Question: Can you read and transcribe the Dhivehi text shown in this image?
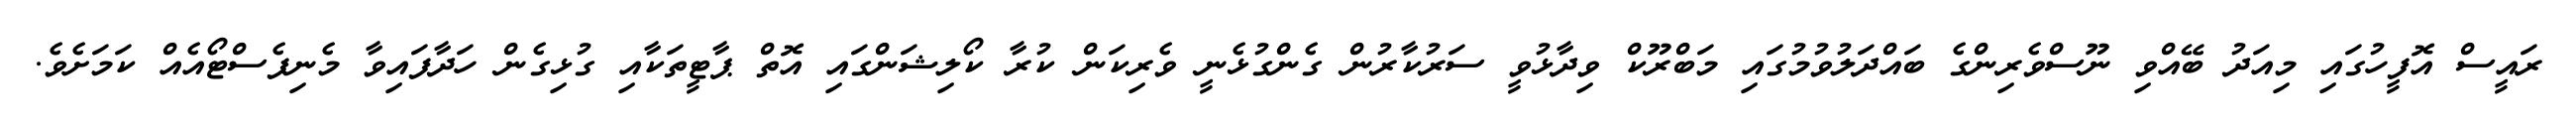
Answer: ރައީސް އޮފީހުގައި މިއަދު ބޭއްވި ނޫސްވެރިންގެ ބައްދަލުވުމުގައި މަބްރޫކް ވިދާޅުވީ ސަރުކާރުން ގެންގުޅެނީ ވެރިކަން ކުރާ ކޯލިޝަންގައި އޮތް ޕާޓީތަކާއި ގުޅިގެން ހަދާފައިވާ މެނިފެސްޓޯއެއް ކަމަށެވެ.